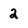
Character: 2